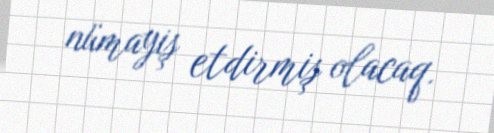
nümayiş etdirmiş olacaq.